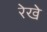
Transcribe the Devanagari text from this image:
रेखे